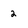
Character: 2